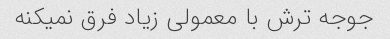
جوجه ترش با معمولی زیاد فرق نمیکنه